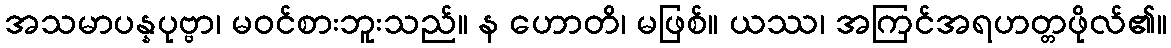
အသမာပန္နပုဗ္ဗာ၊ မဝင်စားဘူးသည်။ န ဟောတိ၊ မဖြစ်။ ယဿ၊ အကြင်အရဟတ္တဖိုလ်၏။